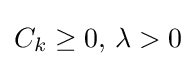
C_{k}\geq 0,\,\lambda >0